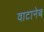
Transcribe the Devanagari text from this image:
वाटानेब